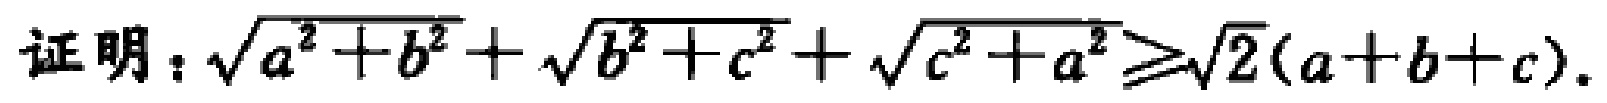
证明：\(\sqrt{a^{2}+b^{2}}+\sqrt{b^{2}+c^{2}}+\sqrt{c^{2}+a^{2}}\geqslant\sqrt{2}(a + b + c)\)。